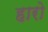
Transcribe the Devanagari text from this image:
हारो